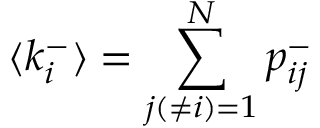
\langle k _ { i } ^ { - } \rangle = \sum _ { j ( \neq i ) = 1 } ^ { N } p _ { i j } ^ { - }